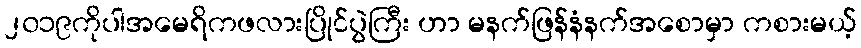
၂၀၁၉ကိုပါအမေရိကဖလားပြိုင်ပွဲကြီး ဟာ မနက်ဖြန်နံနက်အစောမှာ ကစားမယ့်